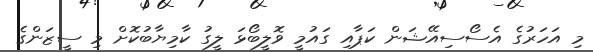
މި އަހަރުގެ އެސޯސިއޭޝަން ކަޕާއި ގައުމީ ވޮލީބޯޅަ ލީގު ކާމިޔާބުކޮށް މި ސީޒަންގެ